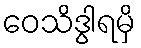
ဝေသိဒွါရမှိ